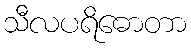
သီလပရိဓောတာ